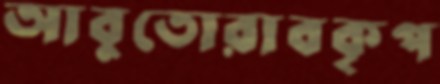
আবুতোরাবকৃপ